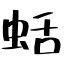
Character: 蛞